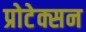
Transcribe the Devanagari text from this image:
प्रोटेक्सन